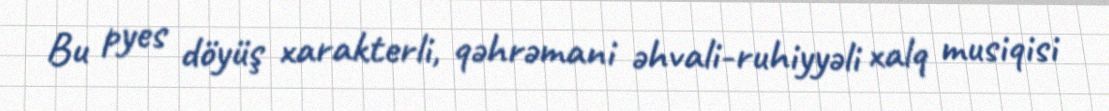
Bu pyes döyüş xarakterli, qəhrəmani əhvali-ruhiyyəli xalq musiqisi